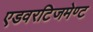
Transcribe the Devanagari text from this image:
एडवरटिजमेण्ट